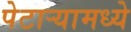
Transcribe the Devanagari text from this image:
पेटार्‍यामध्ये